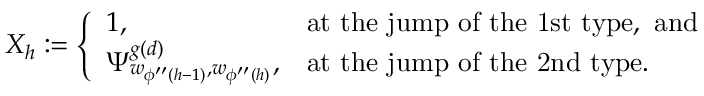
X _ { h } : = \left\{ \begin{array} { l l } { { 1 , } } & { { \mathrm { a t ~ t h e ~ j u m p ~ o f ~ t h e ~ 1 s t ~ t y p e , ~ a n d } } } \\ { { \Psi _ { w _ { \phi ^ { \prime \prime } ( h - 1 ) } , w _ { \phi ^ { \prime \prime } ( h ) } } ^ { g ( d ) } , } } & { { \mathrm { a t ~ t h e ~ j u m p ~ o f ~ t h e ~ 2 n d ~ t y p e . } } } \end{array} \right.